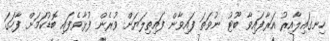
ހިނގައިލާއިރު އަރާފައިވާ ބޫޓު ނުވަތަ ފައިވާން ފައިތިލަޔަށް ވުރެން ފުޅާވެފައި ބޮޑުކަމަށް ފާހަގަ